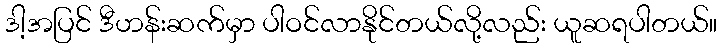
ဒါ့အပြင် ဒီဟန်းဆက်မှာ ပါဝင်လာနိုင်တယ်လို့လည်း ယူဆရပါတယ်။